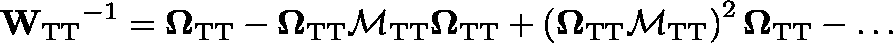
\mathbf { W _ { \mathrm { T T } } } ^ { - 1 } = \mathbf { \Omega _ { \mathrm { T T } } } - \mathbf { \Omega _ { \mathrm { T T } } } \mathbf { \mathcal { M } _ { \mathrm { T T } } } \mathbf { \Omega _ { \mathrm { T T } } } + \left( \mathbf { \Omega _ { \mathrm { T T } } } \mathbf { \mathcal { M } _ { \mathrm { T T } } } \right) ^ { 2 } \mathbf { \Omega _ { \mathrm { T T } } } - \dots